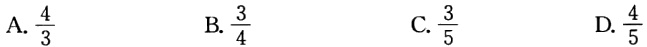
A. $\frac{4}{3}$

B. $\frac{3}{4}$

C. $\frac{3}{5}$

D. $\frac{4}{5}$